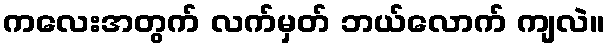
ကလေးအတွက် လက်မှတ် ဘယ်လောက် ကျလဲ။